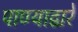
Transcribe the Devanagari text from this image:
पाण्याद्वारे